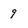
Character: 9